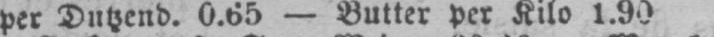
per Dutzend. 0.65 - Butter per Kilo 1.90